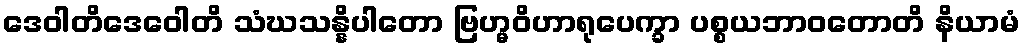
ဒေဝါတိဒေဝေါတိ သံဃသန္နိပါတော ဗြဟ္မဝိဟာရုပေက္ခာ ပစ္စယဘာဝတောတိ နိယာမံ